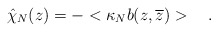
\begin{align*}\hat\chi_N(z)=-<\kappa_Nb(z,\overline z)>\quad.\end{align*}